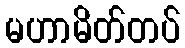
မဟာမိတ်တပ်